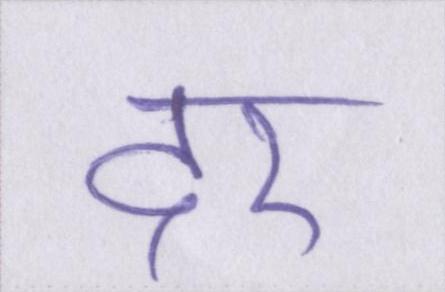
दर